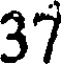
37